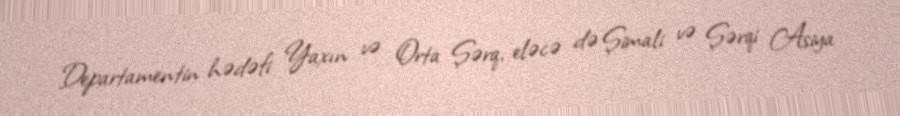
Departamentin hədəfi Yaxın və Orta Şərq, eləcə də Şimali və Şərqi Asiya